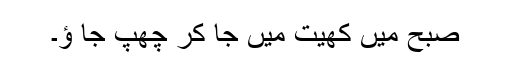
صبح میں کھیت میں جا کر چھپ جا ؤ۔